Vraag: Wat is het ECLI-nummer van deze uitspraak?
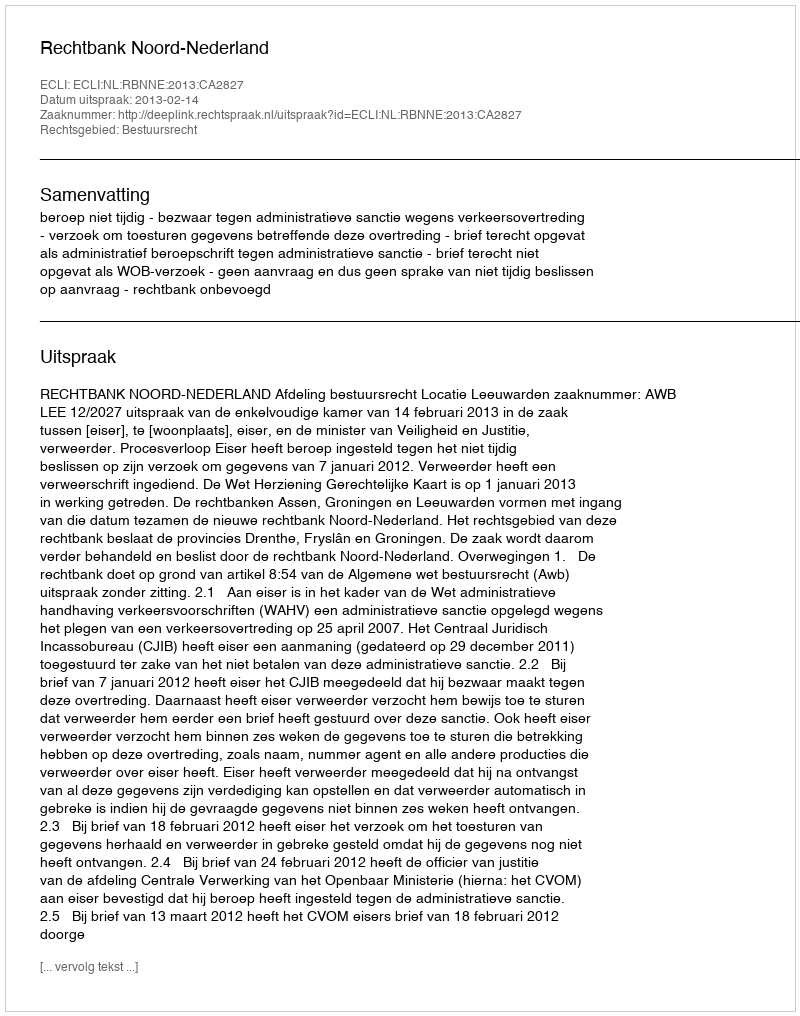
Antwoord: ECLI:NL:RBNNE:2013:CA2827